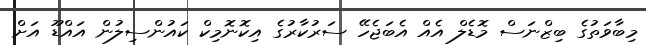
މިބާވަތުގެ ބިޒްނަސް މޮޑެލް އެއް އެބަޖެހޭ ސަރުކާރުގެ އިކޮނޮމިކް ކައުންސިލުން އައްޑޫ އަށް